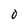
Character: O